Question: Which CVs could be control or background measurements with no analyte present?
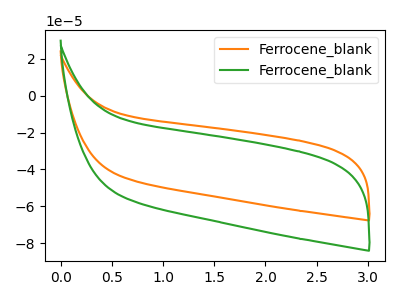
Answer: <think>The orange curve "Ferrocene_blank1" has no peaks. The green curve "Ferrocene_blank2" has no peaks.</think>
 <answer>"Ferrocene_blank1" and "Ferrocene_blank2" are likely to be blanks.</answer>
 <eval>"Ferrocene_blank1", "Ferrocene_blank2"</eval>